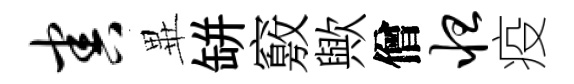
害𭺾缾竅歟僧怛疫